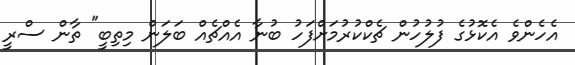
އެހެންވެ އެކޮޅުގެ ފުލުހުން ޗެކްކުރުމަށްފަހު ބުނާ އެއްޗެއް ބަލަން މިތިބީ" ތާން ސްރީ